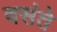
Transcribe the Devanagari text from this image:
वसंते